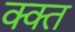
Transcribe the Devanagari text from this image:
क्क्त